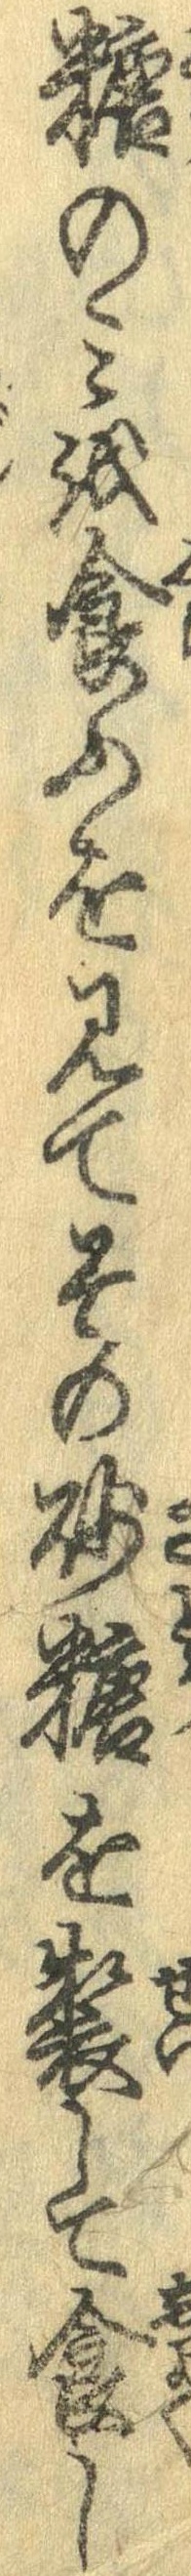
糖のみを食ふを見てその砂糖を製して食し